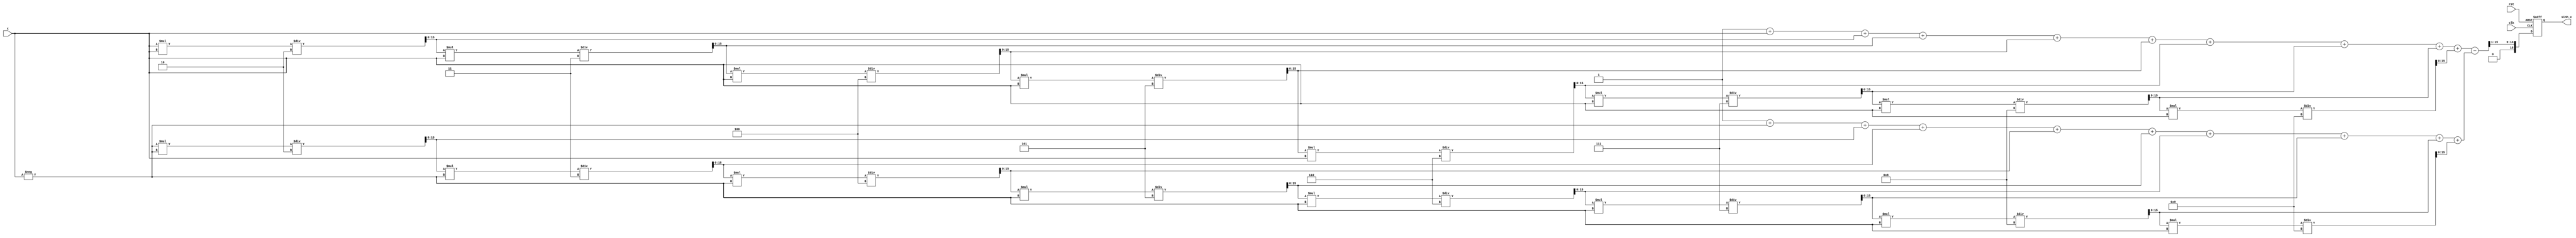
module sinh_arithmetic_block (
    input wire [15:0] x,        // Input: Fixed-point representation of x
    output reg [15:0] sinh_x,   // Output: Fixed-point representation of sinh(x)
    input wire clk,              // Clock signal
    input wire rst               // Reset signal
);

    // Internal signals
    wire [15:0] exp_x;          // e^x
    wire [15:0] exp_neg_x;      // e^(-x)
    wire [15:0] exp_diff;       // e^x - e^(-x)
    wire [15:0] exp_div;        // (e^x - e^(-x)) / 2

    // Exponential approximation using a simple Taylor series
    function [15:0] exp_approx;
        input [15:0] x;
        reg [15:0] term;
        reg [15:0] sum;
        integer i;
        begin
            sum = 16'h0001; // e^0 = 1
            term = x; // First term is x
            for (i = 1; i < 10; i = i + 1) begin
                sum = sum + term;
                term = (term * x) / (i + 1); // x^i / i!
            end
            exp_approx = sum;
        end
    endfunction

    // Compute e^x and e^(-x)
    assign exp_x = exp_approx(x);
    assign exp_neg_x = exp_approx(-x);

    // Subtract e^(-x) from e^x
    assign exp_diff = exp_x - exp_neg_x;

    // Divide by 2
    assign exp_div = exp_diff >> 1; // Right shift by 1 is equivalent to dividing by 2

    // Sequential logic to output the result
    always @(posedge clk or posedge rst) begin
        if (rst) begin
            sinh_x <= 16'h0000; // Reset output
        end else begin
            sinh_x <= exp_div; // Update output with computed value
        end
    end

endmodule